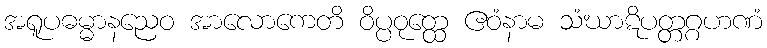
အရူပဓမ္မာနညေဝ အာလောကေတိ ဝိပ္ပဝုတ္ထေ ဧဝံနာမ သံဃာဋိပတ္တဂ္ဂဟဏံ